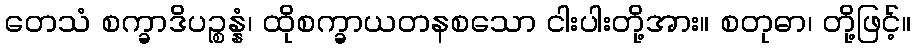
တေသံ စက္ခာဒိပဉ္စန္နံ၊ ထိုစက္ခာယတနစသော ငါးပါးတို့အား။ စတုဓာ၊ တို့ဖြင့်။